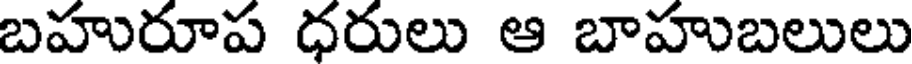
బహురూప ధరులు ఆ బాహుబలులు